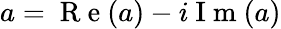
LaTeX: a=\mathrm{~R~e~}(a)-i\mathrm{~I~m~}(a)